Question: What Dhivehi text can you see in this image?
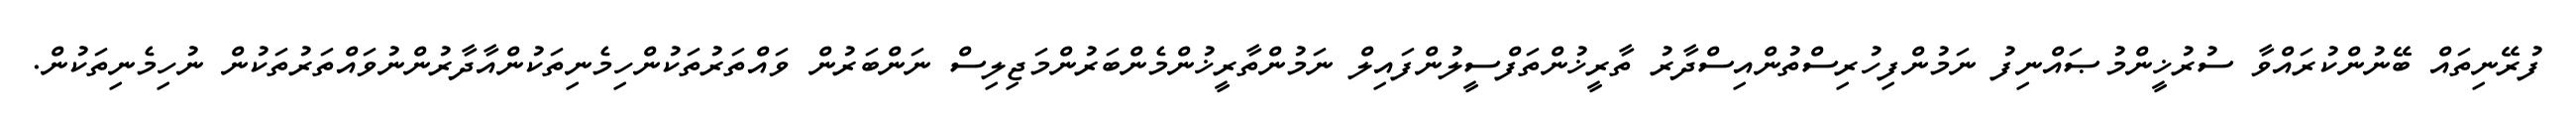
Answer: ފުރޭނިތައް ބޭނުންކުރައްވާ ސުރުޚީންމުޞައްނިފު ނަމުންފިހުރިސްތުންއިސްދާރު ތާރީޚުންތަފްސީލުންފައިލް ނަމުންތާރީޚުންމެންބަރުންމަޖިލިސް ނަންބަރުން ވައްތަރުތަކުންހިމެނިތަކުންއާދާރުންނުވައްތަރުތަކުން ނުހިމެނިތަކުން.